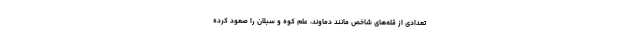
تعدادی از قله‌های شاخص مانند دماوند، علم کوه و سبلان را صعود کرده